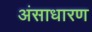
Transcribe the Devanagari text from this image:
अंसाधारण